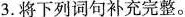
3.将下列词句补充完整。